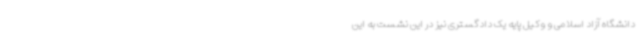
دانشگاه آزاد اسلامی و وکیل پایه یک دادگستری نیز در این نشست به این